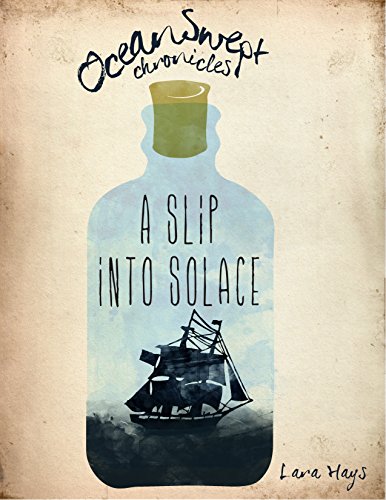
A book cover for Oceanswept Chronicles 3: A Slip Into Solace; Lara Hays; Teen & Young Adult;